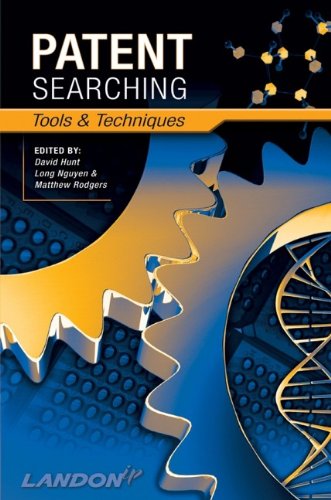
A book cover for Patent Searching: Tools & Techniques; Law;